Medical and sanitary report of the native army of Bengal for the year
Year: 1878
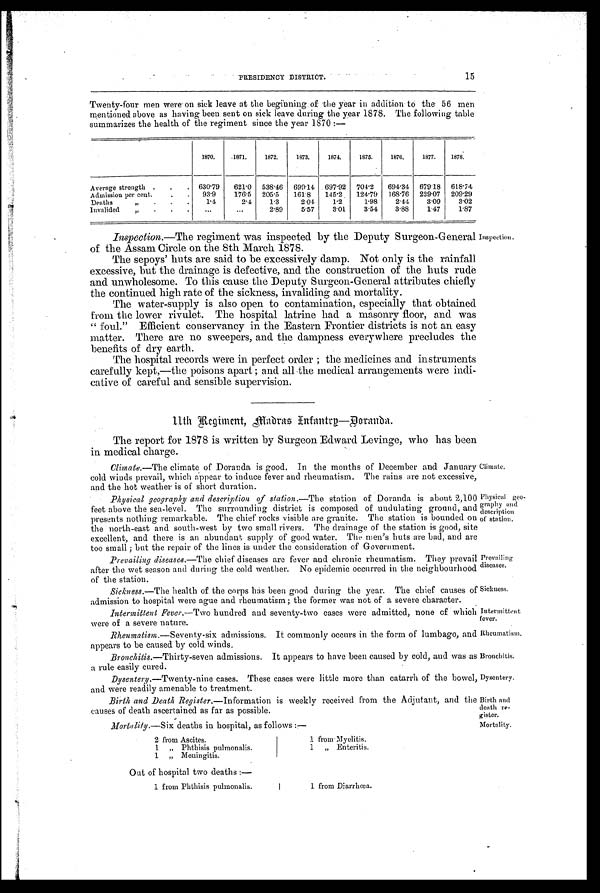
Inspection.
Climate.
Physical ge
o - graphy and
description
of station.
Prevailing
diseases.
Sickness.
Intermittent
fever.
Rheumatism.
Bronchitis.
Dysentery.
Birth and
death re
- g i s t e r .
Mortality.
PRESIDENCY DISTRICT. 15
Twenty-four men were on sick leave at the beginning of the year in addition to the 56 men
mentioned above as having been sent on sick leave during the year 1878. The following table
summarizes the health of the regiment since the year 1870 :—
1870.
1871.
1872.
1873.
1874.
1875.
1876.
1877. 1878.
Average strength . . . 630.79 621.0 538.46 699.14. 697.92 704.2 694.34 679.18 618.74
Admission per cent.
. . 93.9
176.5 205.5 161.8 145.2 124.79 168.16 229.07 209.29
Deaths
„ .
.
.
1.4
2.4
1.3
2.04
1.2
1.98
2.44
3.09
3.02
Invalided „ . . .
...
...
2.89
5.57
3.01
3.54
3.88
1.47
1.87
Inspection.—The regiment was inspected by the Deputy Surgeon-General
of the Assam Circle on the 8th March 1878.
The sepoys' huts are said to be excessively damp. Not only is the rainfall
excessive, but the drainage is defective, and the construction of the huts rude
and unwholesome. To this cause the Deputy Surgeon-General attributes chiefly
the continued high rate of the sickness, invaliding and mortality.
The water-supply is also open to contamination, especially that obtained
from the lower rivulet. The hospital latrine had a masonry floor, and was
" foul." Efficient conservancy in the Eastern Frontier districts is not an easy
matter. There are no sweepers, and the dampness everywhere precludes the
benefits of dry earth.
The hospital records were in perfect order ; the medicines and instruments
carefully kept,—the poisons apart ; and. all the medical arrangements were indi
-cative of careful and sensible supervision.
11th Regiment, Madras Infantry—Doranda.
The report for 1878 is written by Surgeon Edward Levinge, who has been
in medical charge.
Climate.—The climate of Doranda is good. In the months of December and January
cold winds prevail, which appear to induce fever and rheumatism. The rains are not excessive,
and the hot weather is of short duration.
Physical geography and description of station.— The station of Doranda is about 2,100
feet above the sea-level. The surrounding district is composed of undulating ground, and
presents nothing remarkable. The chief rocks visible are granite. The station is bounded on
the north-east and south-west by two small rivers. The drainage of the station is good, site
excellent, and there is an abundant supply of good water. The men's huts are bad, and are
too small ; but the repair of the lines is under the consideration of Government.
Prevailing diseases.—The chief diseases are fever and chronic rheumatism. They prevail
after the wet season and during the cold weather. No epidemic occurred in the neighbourhood
of the station.
Sickness.—The health of the corps has been good during the year. The chief causes of
admission to hospital were ague and rheumatism; the former was not of a severe character.
Intermittent Fever.—Two hundred and seventy-two cases were admitted, none of which
were of a severe nature.
Rheumatism.—Seventy-six admissions. It commonly occurs in the form of lumbago, and
appears to be caused by cold winds.
Bronchitis.—Thirty-seven admissions. It appears to have been caused by cold, and was as
a rule easily cured.
Dysentery.—Twenty-nine cases. These cases were little more than catarrh of the bowel,
and were readily amenable to treatment.
Birth and Death Register.—Information is weekly received from the Adjutant, and the
causes of death ascertained as far as possible.
Mortality.—Six deaths in hospital, as follows
2 from Ascites.
1 „ Phthisis pulmonalis.
1 „ Meningitis.
Out of hospital two deaths :—
1 from Phthisis pulmonalis.
1 from Myelitis.
1 „ Enteritis.
1 from Diarrhœa.